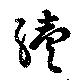
續